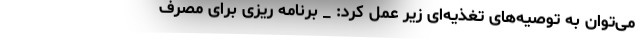
می‌توان به توصیه‌های تغذیه‌ای زیر عمل کرد: _ برنامه ریزی برای مصرف